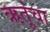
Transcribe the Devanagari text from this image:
ऋतूंचा